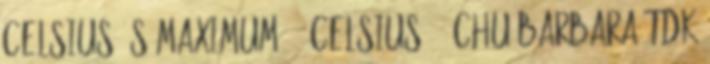
Celsius és maximum 20 Celsius 10 Chu Barbara TDK